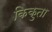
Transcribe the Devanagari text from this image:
किकुता